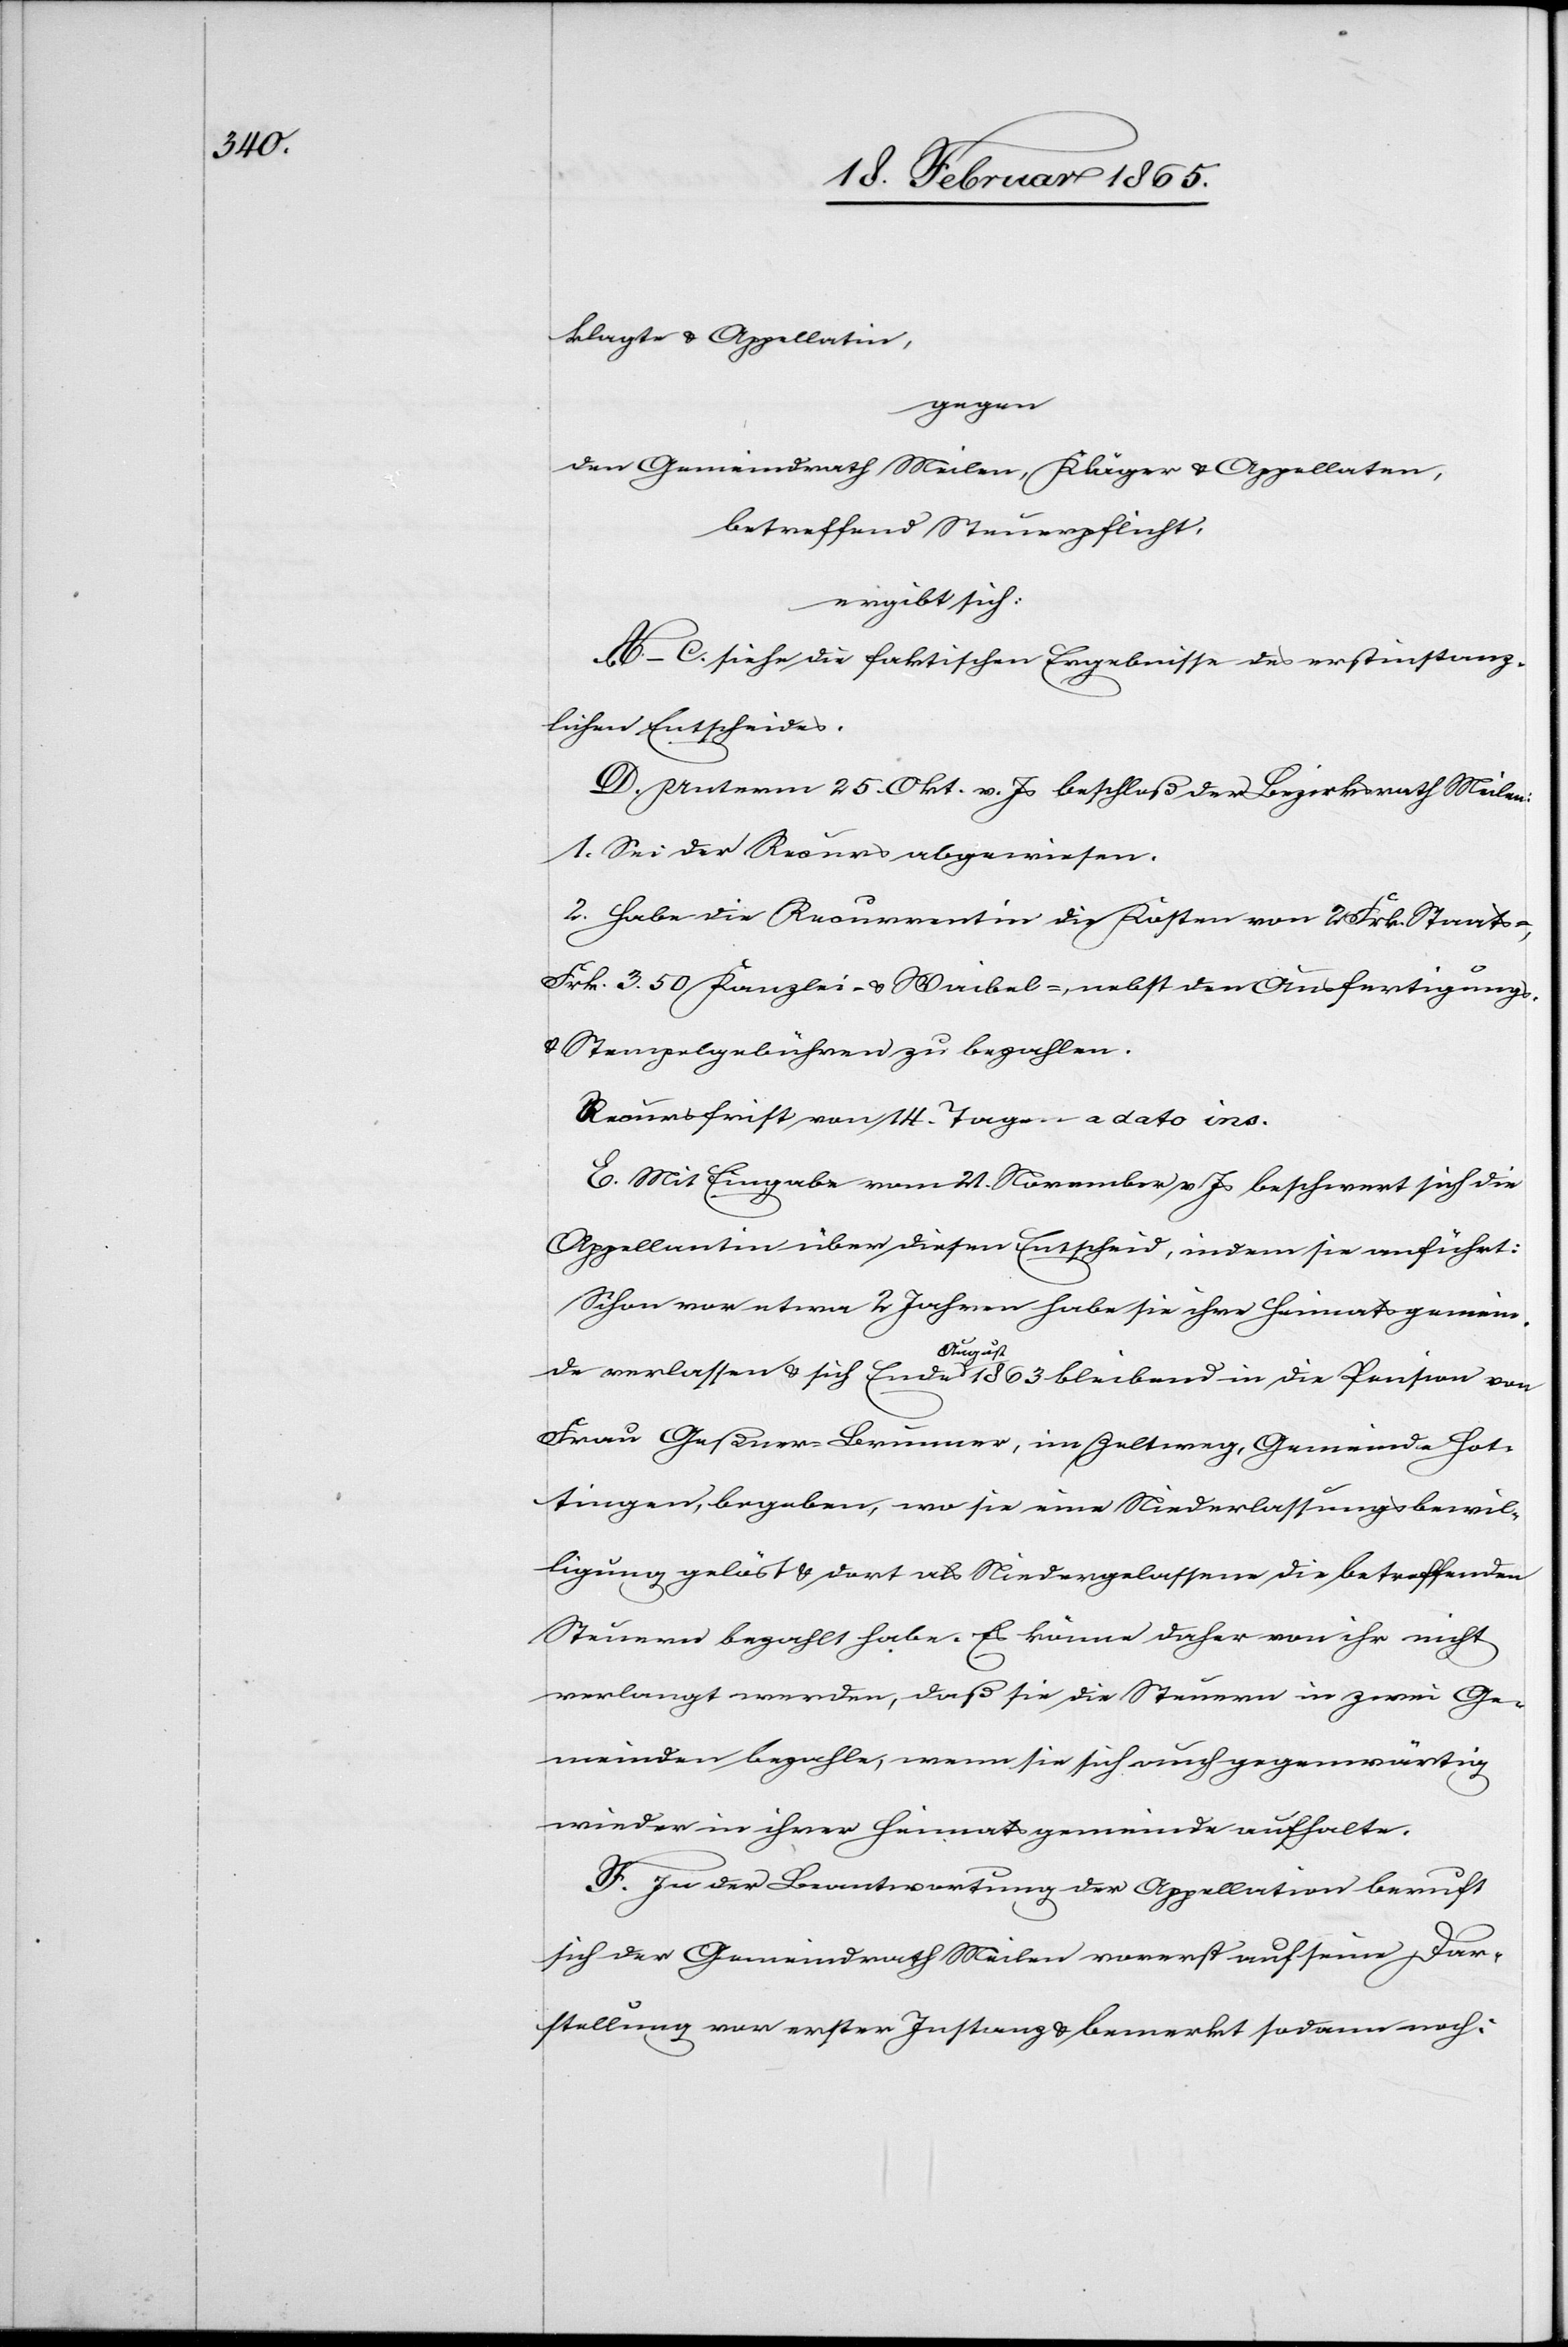
klagte u. Appellatin,
gegen
den Gemeindrath Meilen, Kläger u. Appella[n]ten,
betreffend Steuerpflicht,
ergibt sich:
A–C. siehe die faktischen Ergebnisse des erstinstanz¬
lichen Entscheides.
D. Unterm 25. Okt. v. Js beschloß der Bezirksrath Meilen:
1. Sei der Recurs abgewiesen.
2. Habe die Recurrentin die Kosten von 2 Frk. Staats-,
Frk. 3. 50 Kanzlei- u. Waibel-, nebst den Ausfertigungs-
u. Stempelgebühren zu bezahlen.
Recursfrist von 14. Tagen a dato ins.
E. Mit Eingabe vom 21. November v. Js beschwert sich die
Appellatin] über diesen Entscheid, indem sie anführt:
Schon vor etwa 2 Jahren habe sie ihre Heimatsgemein¬
de verlassen u. sich Ende August 1863 bleibend in die Pension von
Frau Geßner-Brunner, im Zeltweg, Gemeinde Hot¬
tingen, begeben, wo sie eine Niederlassungsbewil¬
ligung gelöst u. dort als Niedergelassene die betreffenden
Steuern bezahlt habe. Es könne daher von ihr nicht
verlangt werden, daß sie die Steuern in zwei Ge¬
meinden bezahle, wenn sie sich auch gegenwärtig
wieder in ihrer Heimatsgemeinde aufhalte.
F. In der Beantwortung der Appellation beruft
sich der Gemeindrath Meilen vorerst auf seine Dar¬
stellung vor erster Instanz u. bemerkt sodann noch: